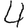
Digit: 4